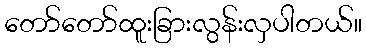
တော်တော်ထူးခြားလွန်းလှပါတယ်။